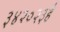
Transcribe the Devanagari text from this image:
३४२०२३है